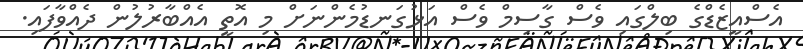
އެސްއީޒެޑްގެ ބިލްގައި ވެސް ގާސިމް ވެސް އަޅުގަނޑުމެންނަށް މި އޮތީ އެއްބާރުލުން ދެއްވާފައި.